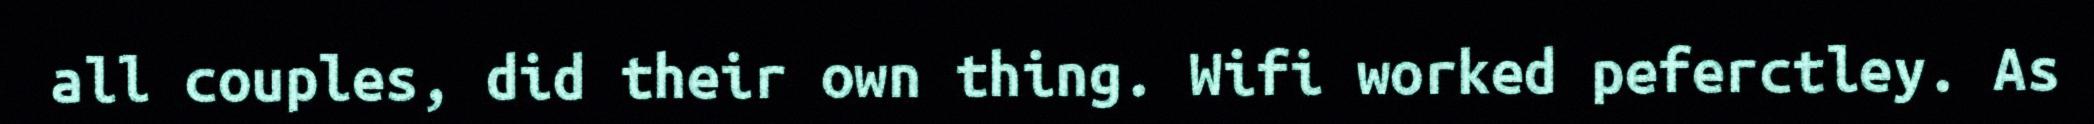
all couples, did their own thing. Wifi worked peferctley. As